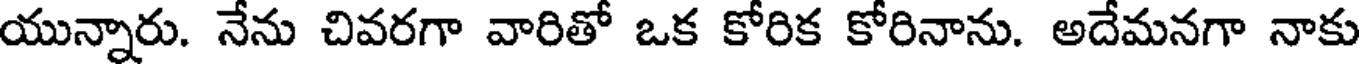
యున్నారు. నేను చివరగా వారితో ఒక కోరిక కోరినాను. అదేమనగా నాకు